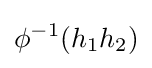
\phi ^{-1}(h_{1}h_{2})